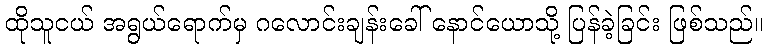
ထိုသူငယ် အရွယ်ရောက်မှ ဂလောင်းချန်းခေါ် နောင်ယောသို့ ပြန်ခဲ့ခြင်း ဖြစ်သည်။